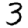
Digit: 3